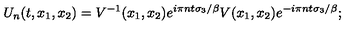
U _ { n } ( t , x _ { 1 } , x _ { 2 } ) = V ^ { - 1 } ( x _ { 1 } , x _ { 2 } ) e ^ { i \pi n t \sigma _ { 3 } / \beta } V ( x _ { 1 } , x _ { 2 } ) e ^ { - i \pi n t \sigma _ { 3 } / \beta } ;